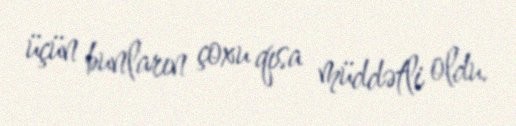
üçün bunların çoxu qısa müddətli oldu.